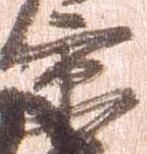
京